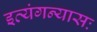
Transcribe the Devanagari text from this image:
इत्यंगन्यासः